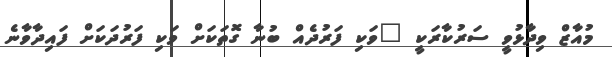
މުއާޒް ވިދާޅުވީ ސަރުކާރަކީ "ވަކި ފަރުދެއް ބުނާ ގޮތަކަށް ވަކި ފަރުދަކަށް ފައިދާވާނެ